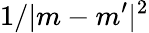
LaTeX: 1/|m-m^{\prime}|^{2}